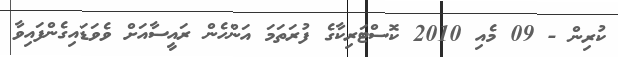
ކުރިން - 09 މެއި 2010 ކޮސްޓަރިކާގެ ފުރަތަމަ އަންހެން ރައީސާއަށް ވެވަޑައިގެންފައިވާ